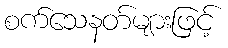
စက်သေနတ်များဖြင့်